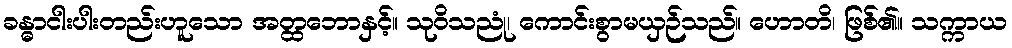
ခန္ဓာငါးပါးတည်းဟူသော အတ္ထဘောနှင့်။ သုဝိသညုံ၊ ကောင်းစွာမယှဉ်သည်။ ဟောတိ၊ ဖြစ်၏။ သက္ကာယ